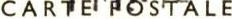
CARTE POSTALE